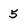
Character: 5